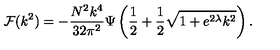
{ \cal F } ( k ^ { 2 } ) = - \frac { N ^ { 2 } k ^ { 4 } } { 3 2 \pi ^ { 2 } } \Psi \left( \frac { 1 } { 2 } + \frac { 1 } { 2 } \sqrt { 1 + e ^ { 2 \lambda } k ^ { 2 } } \right) .